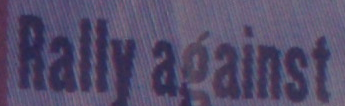
Rally against